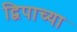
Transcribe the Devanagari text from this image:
द्विपाच्या